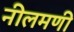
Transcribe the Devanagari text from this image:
नीलमणी